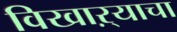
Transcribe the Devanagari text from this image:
विखाऱ्याचा